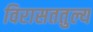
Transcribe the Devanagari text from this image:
विरासततुल्य